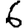
Digit: 6